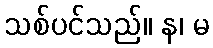
သစ်ပင်သည်။ န၊ မ